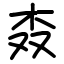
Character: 𣏪